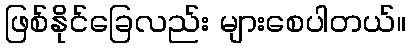
ဖြစ်နိုင်ခြေလည်း များစေပါတယ်။